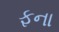
ફના